Calcutta medical institutions reports 1892-1900
Year: 1892
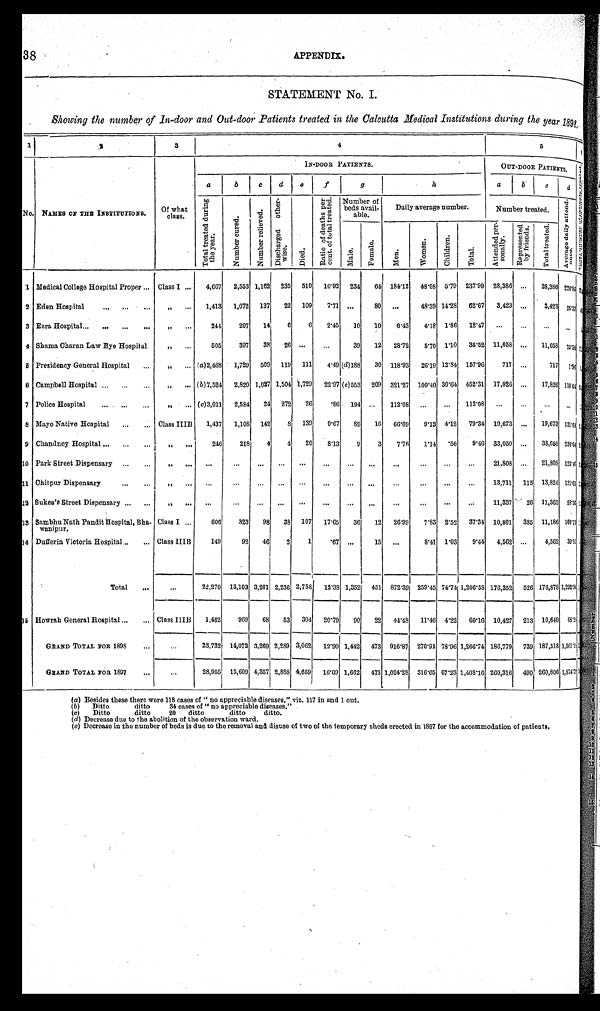
38
APPENDIX.
STATEMENT No. I.
Showing the number of In-door and Out-door Patients treated in the Calcutta Medical Institutions during the year 1898.
1 2
3
4
5
< i l l e g i b l e >
No.
NAMES OF THE INSTITUTIONS.
Of what
c l a s s .
IN-DOOR PATIENTS.
OUT-DOOR PATIENTS.
< i l l e g i b l e >
a
b
c
d
e
f
g
h
a
b
c
d
T o t a l t r e a t e d d u r i n g t h e y e a r .
N u m b e r c u r e d .
N u m b e r r e l i e v e d .
D i s c h a r g e d o t h e r - w i s e .
D i e d .
R a t o p o f d e a t h s p e r c e n t . o f t o t a l t r e a t e d . Number of
beds avail-
a b l e .
Daily average number.
Number treated.
A v e r a g e d a i l y a t t e n d - a n c e .
M a l e .
F e m a l e .
M e n .
W o m e n .
C h i l d r e n .
T o t a l .
A t t e n d e d p e r - s o n a l l y .
R e p r e s e n t e d b y f r i e n d s .
T o t a l t r e a t e d .
1 Medical College Hospital Proper . . . Class I . . . 4,667 2,553 1,162 235
5 1 0
10.02 234
64 184.12 48.08 5.79 237.99 28,386
. . . 28,386 226.96
< i l l e g i b l e >
2 Eden Hospital . . .
" . . . 1,413 1,072 137
22 109
7.71 . . .
80
. . .
48.39 14.28 62.67 3,423
. . . 3,423 25.37 < i l l e g i b l e >
3 Ezra Hospital . . .
" . . .
244
207
14
6
6
2.45
10
10
6.43
4.18 1.86 12.47
. . .
. . .
. . .
. . . < i l l e g i b l e >
4 Shama Charan Law Bye Hospital
" . . .
505
397
38
26 . . .
. . .
39
12 28.72
5'70 1.10 35.52 11,058
. . . 11,058 75.50 < i l l e g i b l e >
8 Presidency General Hospital . . .
" . . . (a)2,468 1,729 509 119 111
4.19 (
d ) 1 8 8
30 118.93 26.19 12.84 157.96
717
. . .
717 1.96 < i l l e g i b l e >
6 Campbell Hospital . . .
" . . . (b)7,524 2,820 1,027 1,504 1,729 22.97 ( e )553 209 321.27 100.40 30.64 452.31 17,826
. . . 17,826 118.64 < i l l e g i b l e >
7 Police Hospital . . .
" . . . ( c)3,011 2,584
24 272
26
.86 194 . . .
112.08
. . .
. . . 112.18
. . .
. . .
. . .
. . . < i l l e g i b l e >
8 Mayo Native Hospital . . .
Class IIIB
1,437 1,108 142
8 139
9.67
89
16 66.09
9.13 4.12 79.34 19,673
. . . 19,673 131.64 < i l l e g i b l e >
9 Chandney Hospital . . .
" . . .
246
218
4
4
20
8.13
9
3
7.76 1.14
. 5 6 9.46 33,050
. . . 33,050 238.64 < i l l e g i b l e >
10 Park Street Dispensary . . .
" . . .
. . .
. . .
. . .
. . .
. . .
. . . . . .
. . .
. . .
. . .
. . .
. . .
21,808
. . . 21,808 123.49 < i l l e g i b l e >
11 Chitpur Dispensary . . .
" . . .
. . .
. . .
. . .
. . .
. . .
. . . . . .
. . .
. . .
. . .
. . .
. . .
13,711 115 13,826 121.61 < i l l e g i b l e >
12 Sukea's Street Dispensary . . .
" . . .
. . .
. . .
. . . . . .
. . .
. . .
. . .
. . .
. . .
. . .
. . .
. . .
11,337 26 11,363 18.56 < i l l e g i b l e >
13 Sambhu Nath Pandit Hospital, Bha-
wanipur.
Class I . . .
606
323
98
38 107 17.65
36
12 26.99
7.83 2.52 37.34 10,801 385 11,186 100.71 < i l l e g i b l e >
14 Dufferin Victoria Hospital . . .
Class IIIB
149
92
46
2
1
.67 . . .
15
. . .
8.41 1.03
9.44 4,562
. . .
4,562 39.85 < i l l e g i b l e >
Total . . .
. . .
22,270 13,103 3,201 2,236 2,758 12.38 1,352 451 872.39 259.45 74.74 1,206.58 176,352 526 176,878 1, 292. 9<i l l e gi bl e > < i l l e g i b l e > >
15 Howrah General Hospital . . .
C l a s s I I I B
1,462
969
68
53 304 20.79
90
22 44.48 11.46 4.22 60.16 10.427 213 10,640 6 8 . 2 < i l l e g i b l e >
< i l l e g i b l e >
GRAND TOTAL FOR 1898 . . .
. . .
23,732 14,072 3,269 2,289 3,062 12.90 1,442 473 916.87 270.91 78.96 1,266.74 186,779 730 187,518 1 , 3 6 1 . 1 <i l l e g i b l e > < i l l e g i b l e >
GRAND TOTAL FOR 1897 . . .
. . .
28,955 15,609 4,357 2,888 4,659
1 6 . 0 9
1,662 473 1,024.28 316.65 67.23 1,408.16 260,316 490 260,806 1,874.72 < < l l e g i b l e >
(a) Besides these there were 118 cases of " no appreciable diseases," viz. 117 in and 1 out.
(b) Ditto ditto 34 cases of " no appreciable diseases."
(c) Ditto ditto 20 ditto ditto ditto.
(d)Decrease due to the abolition of the observation ward.
(e)Decrease in the number of beds is due to the removal and disuse of two of the temporary sheds erected in 1897 for the accommodation of patients.